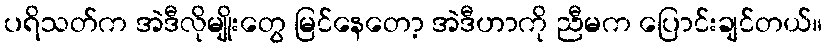
ပရိသတ်က အဲဒီလိုမျိုးတွေ မြင်နေတော့ အဲဒီဟာကို ညီမက ပြောင်းချင်တယ်။